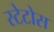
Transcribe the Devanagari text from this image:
स्टेटोस